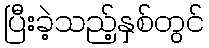
ပြီးခဲ့သည့်နှစ်တွင်